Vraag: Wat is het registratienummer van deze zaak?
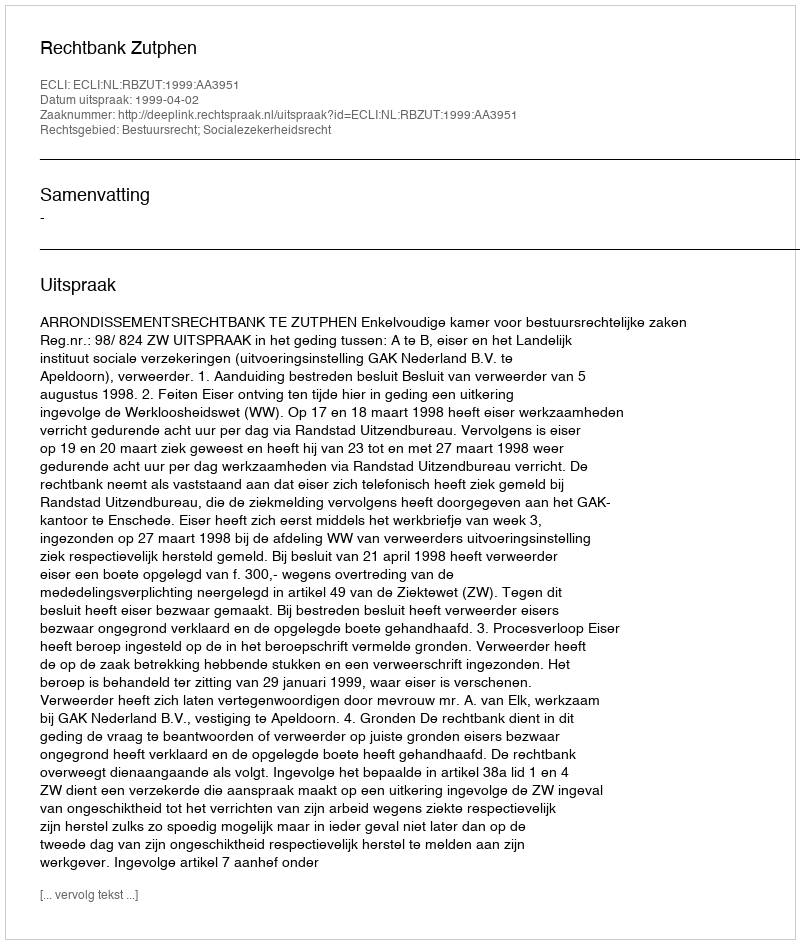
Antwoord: http://deeplink.rechtspraak.nl/uitspraak?id=ECLI:NL:RBZUT:1999:AA3951